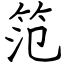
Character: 笵